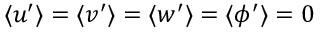
\langle u ^ { \prime } \rangle = \langle v ^ { \prime } \rangle = \langle w ^ { \prime } \rangle = \langle \phi ^ { \prime } \rangle = 0